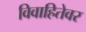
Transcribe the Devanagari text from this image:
विवाहितेवर